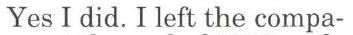
Yes I did. I left the compa-